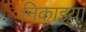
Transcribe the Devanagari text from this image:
निकाइया